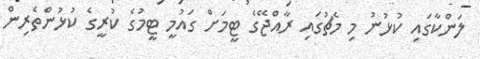
ލަންކާގައި ކުޅުނު މި މެޗުގައި ރާއްޖޭގެ ޓީމަށް ގައުމީ ޓީމުގެ ކުރީގެ ކުޅުންތެރިން